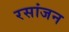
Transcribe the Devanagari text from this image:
रसांजन